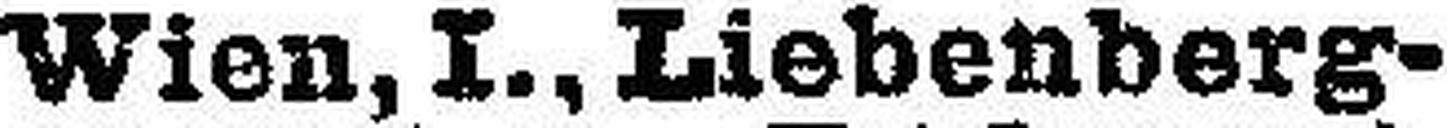
Wien, I., Liebenberg¬